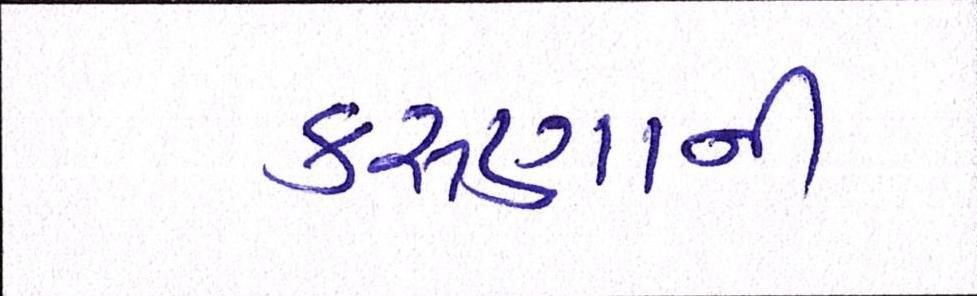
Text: કરુણાની